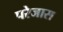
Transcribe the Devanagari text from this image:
परेजास